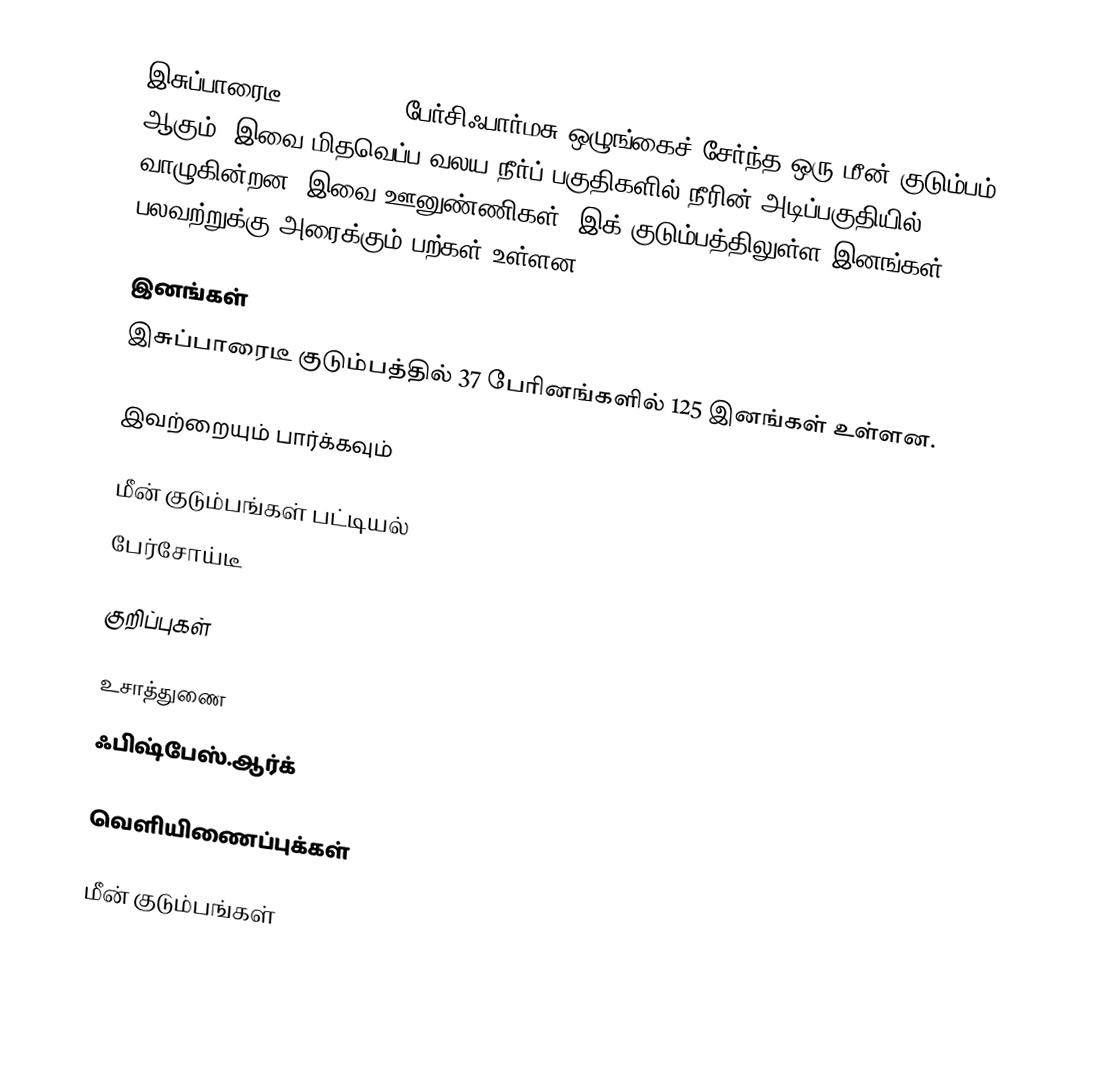
இசுப்பாரைடீ (Sparidae), பேர்சிஃபார்மசு ஒழுங்கைச் சேர்ந்த ஒரு மீன் குடும்பம் ஆகும். இவை மிதவெப்ப வலய நீர்ப் பகுதிகளில் நீரின் அடிப்பகுதியில் வாழுகின்றன. இவை ஊனுண்ணிகள். இக் குடும்பத்திலுள்ள இனங்கள் பலவற்றுக்கு அரைக்கும் பற்கள் உள்ளன.

இனங்கள்
இசுப்பாரைடீ குடும்பத்தில் 37 பேரினங்களில் 125 இனங்கள் உள்ளன.

இவற்றையும் பார்க்கவும்

 மீன் குடும்பங்கள் பட்டியல்
 பேர்சோய்டீ

குறிப்புகள்

உசாத்துணை
 ஃபிஷ்பேஸ்.ஆர்க்

வெளியிணைப்புக்கள்

மீன் குடும்பங்கள்